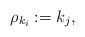
LaTeX: \begin{align*} \rho_{k_i} := k_j,\end{align*}